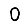
Digit: 0